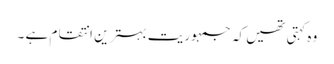
وہ کہتی تھیں کہ جمہوریت بہترین انتقام ہے ۔